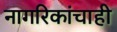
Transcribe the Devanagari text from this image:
नागरिकांचाही